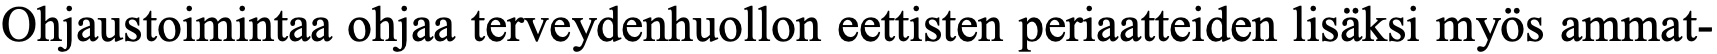
Ohjaustoimintaa ohjaa terveydenhuollon eettisten periaatteiden lisäksi myös ammat-